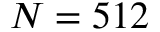
N = 5 1 2